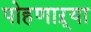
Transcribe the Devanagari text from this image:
पोहणाऱ्या